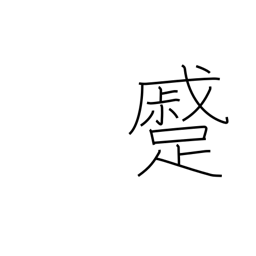
Meaning: approaching